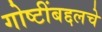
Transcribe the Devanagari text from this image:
गोष्टींबद्दलचे